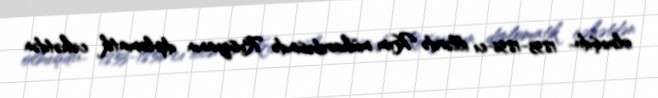
olmuşdu.. 1853-1856-cı illərdə Krım müharibəsində Rusiyanın diplomatik cəhətdən